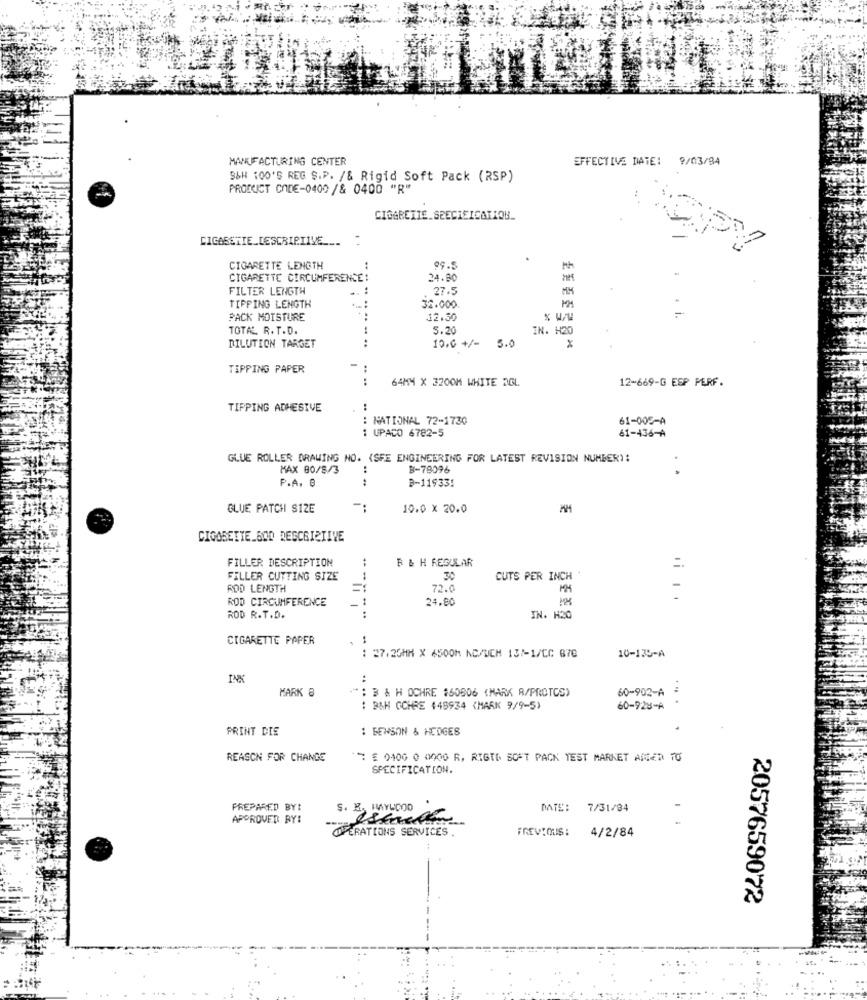
MANUFACTURING CENTER
EFFECTIVE DATE: 9/03/84
S&H 100'S REG S.P. /& Rigid Soft Pack (RSP)
PRODUCT CODE-0400 /& 0400 "R"
CIGARETTE SPECIEICATION.
CIGASSTIE DESCRIPTIVE .... .
CIGARETTE LENGTH
..
09.5
CIGARETTE CIRCUMFERENCE!
24.80
FILTER LENGTH
.. :
. 27.5
TIPPING LENGTH
32.000
PACK MOISTURE
.. ....
12.30
TOTAL R. T.D.
5.20
IN. H20
..
5.0
x
DILUTION TARGET
10.0 +/-
TIPPING PAPER
-
..
..
64MM X 3200M WHITE RGL
12-669-G ESP PERF.
TIPPING ADHESIVE
..
NATIONAL 72-1730
61-005-A
: UPACO 6782-5
61-436-A
GLUE ROLLER DRAWING NO. (SFE ENGINEERING FOR LATEST REVISION NUMBER):
MAX 80/8/3
B-78096
P.A. B
.. ..
B-11933!
GLUE PATCH S12E
10.0 × 20.0
CIGARETTE.600 DESCRIPTIVE
FILLER DESCRIPTION
B & H REGULAR
FILLER CUTTING SIZE
CUTS PER INCH .
ROD LENGTH
72.0
MM
-
ROD CIRCUMFERENCE
24.80
ROD R.T.D.
IN. H20
CIGARETTE PAPER
..
10-135-A
27.20MM X 6500M NC/UCH 137-1/CC 678
MARK 8
B & H OCHRE #60806 (MARK R/PROTOS)
.. .
60-902-A
....
: BAH OCHRE 448934 (MARK 9/9-5)
60-928-A
PRINT DIE
: BENSON & HEDGES
REASON FOR CHANGE
: E 0400 0 0000 R, RIGID SOFT PACK TEST MARKET ARGEN TO
SPECIFICATION.
PREPARED BY:
S. E ., HAYWOOD
DATE:
7/31/84
APPROVED RY!
COPERATIONS SERVICES.
PREVIOUS:
4/2/84
2057659072